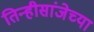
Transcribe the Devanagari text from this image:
तिन्हीसांजेच्या